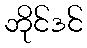
ဘိုင်ဒင်